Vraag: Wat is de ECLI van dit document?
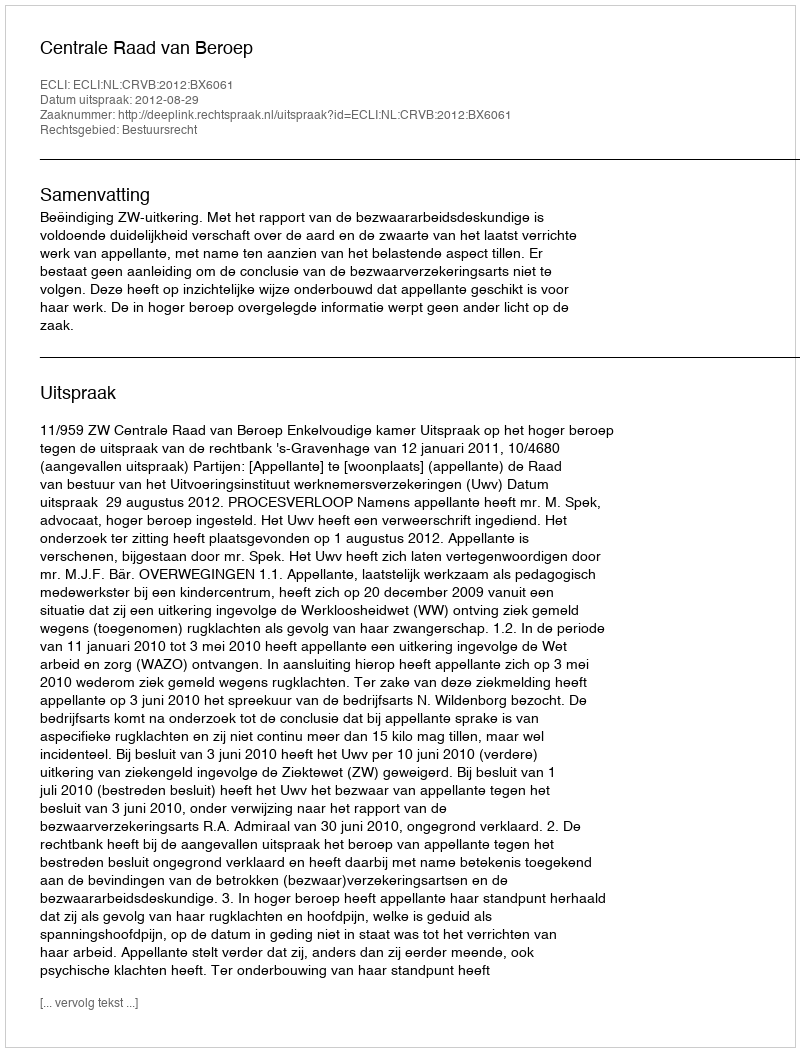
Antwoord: ECLI:NL:CRVB:2012:BX6061